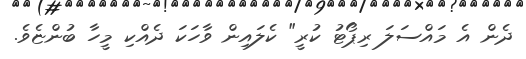
ދެން އެ މައްސަލަ ރިޕޯޓު ކުރީ" ކެލައިން ވާހަކަ ދެއްކި މީހާ ބުންޏެވެ.